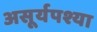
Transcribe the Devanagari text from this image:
असूर्यपश्या